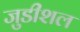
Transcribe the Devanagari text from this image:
जुडीशल